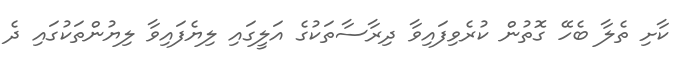
ކާށި ތެލާ ބެހޭ ގޮތުން ކުރެވިފައިވާ ދިރާސާތަކުގެ އަލީގައި ލިޔެފައިވާ ލިޔުންތަކުގައި ދެ